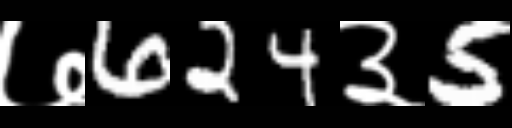
Text: ७624३5